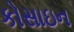
કોસાઇન